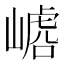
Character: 𱜆